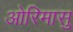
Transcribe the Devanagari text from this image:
ओरिमासु